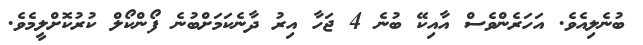
ބުނެލިއެވެ. އަހަރެންވެސް އާއިކޭ ބުނެ 4 ޖަހާ އިރު ދާނެކަމަށްބުނެ ފޯންކޯލް ކުރުކޮށްލީމެވެ.